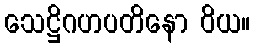
သေဋ္ဌိဂဟပတိနော ဝိယ။